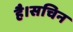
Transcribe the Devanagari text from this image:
है।सचिन